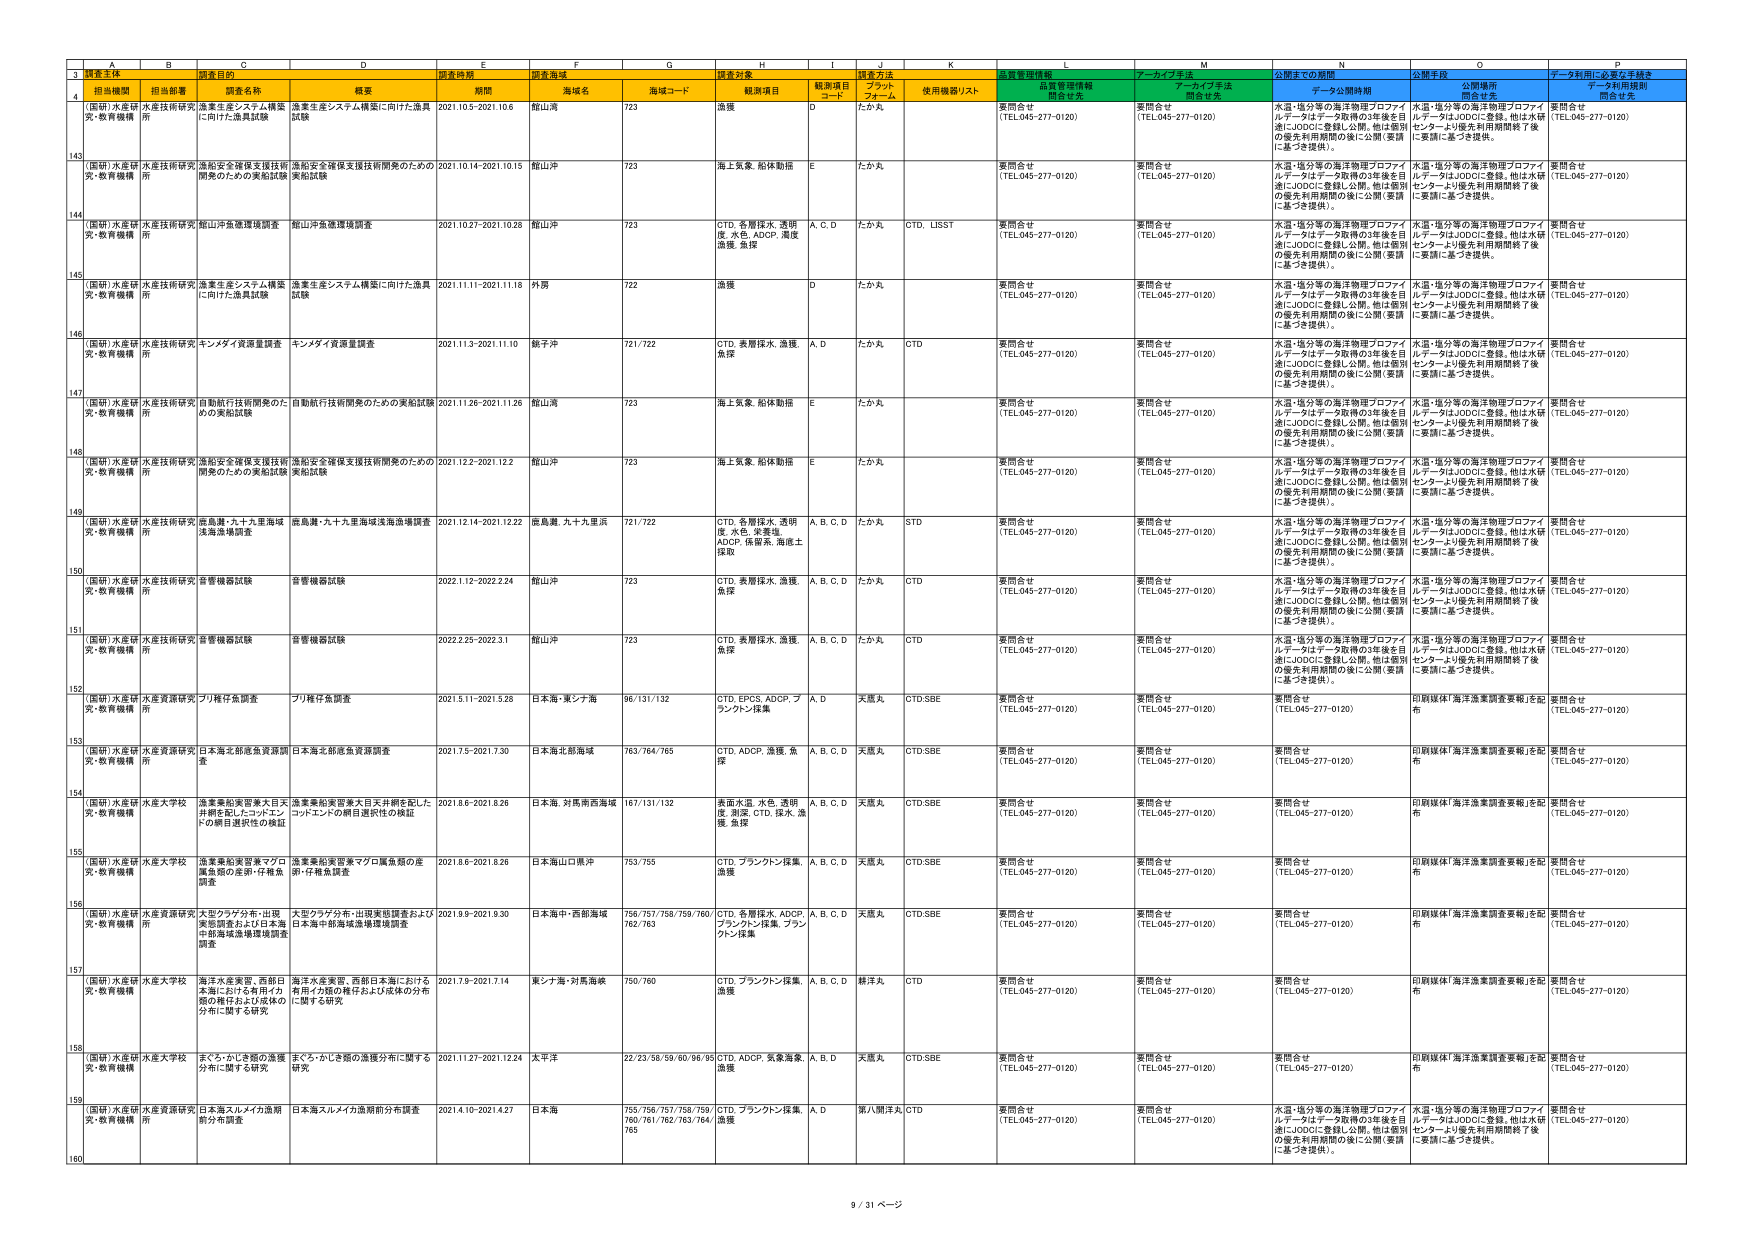
3 調査主体 調査目的 調査時期 調査海域 調査対象 調査方法 データ利用規制
4 担当機関 担当部署 調査名称 概要 期間 海域名 海域コード 観測項目 観測項目 コード プラット フォーム 使用機器リスト 品質管理情報 開告日元 アーカイブ手法 開告日元 公開までの期間 データ公開時期 公開手段 開告日元 データ利用に必要な手続き 開告日元
(国研)水産研 究・教育機構 水産技術研究 所 漁業生産システム構築 に向けた漁具試験 漁業生産システム構築に向けた漁具 試験 2021.10.5-2021.10.6 館山湾 723 漁獲 D たか丸 要問合せ (TEL.045-277-0120) 要問合せ (TEL.045-277-0120) 水温・塩分等の海洋物理プロファイ ルデータはデータ取得の3年後を目 満にJODCに登録し公開。他は個別 の優先利用期間の後に公開（要請 に基づき提供）。 水温・塩分等の海洋物理プロファイ ルデータはJODCに登録。他は水研 センターより優先利用期間終了後 に要請に基づき提供。 要問合せ (TEL.045-277-0120)
143 (国研)水産研 究・教育機構 水産技術研究 所 漁船安全確保支援技術 開発のための実船試験 漁船安全確保支援技術開発のための 実船試験 2021.10.14-2021.10.15 館山沖 723 海上気象、船体動揺 E たか丸 要問合せ (TEL.045-277-0120) 要問合せ (TEL.045-277-0120) 水温・塩分等の海洋物理プロファイ ルデータはデータ取得の3年後を目 満にJODCに登録し公開。他は個別 の優先利用期間の後に公開（要請 に基づき提供）。 水温・塩分等の海洋物理プロファイ ルデータはJODCに登録。他は水研 センターより優先利用期間終了後 に要請に基づき提供。 要問合せ (TEL.045-277-0120)
144 (国研)水産研 究・教育機構 水産技術研究 所 館山沖魚礁環境調査 館山沖魚礁環境調査 2021.10.27-2021.10.28 館山沖 723 CTD、名層採水、透明 度、水色、ADCP、環境 漁獲、魚採 A、C、D たか丸 CTD、LISST 要問合せ (TEL.045-277-0120) 要問合せ (TEL.045-277-0120) 水温・塩分等の海洋物理プロファイ ルデータはデータ取得の3年後を目 満にJODCに登録し公開。他は個別 の優先利用期間の後に公開（要請 に基づき提供）。 水温・塩分等の海洋物理プロファイ ルデータはJODCに登録。他は水研 センターより優先利用期間終了後 に要請に基づき提供。 要問合せ (TEL.045-277-0120)
145 (国研)水産研 究・教育機構 水産技術研究 所 漁業生産システム構築 に向けた漁具試験 漁業生産システム構築に向けた漁具 試験 2021.11.11-2021.11.18 外房 722 漁獲 D たか丸 要問合せ (TEL.045-277-0120) 要問合せ (TEL.045-277-0120) 水温・塩分等の海洋物理プロファイ ルデータはデータ取得の3年後を目 満にJODCに登録し公開。他は個別 の優先利用期間の後に公開（要請 に基づき提供）。 水温・塩分等の海洋物理プロファイ ルデータはJODCに登録。他は水研 センターより優先利用期間終了後 に要請に基づき提供。 要問合せ (TEL.045-277-0120)
146 (国研)水産研 究・教育機構 水産技術研究 所 キンメダイ資源量調査 キンメダイ資源量調査 2021.11.3-2021.11.10 銚子沖 721/722 CTD、表層採水、漁獲、 魚採 A、D たか丸 CTD 要問合せ (TEL.045-277-0120) 要問合せ (TEL.045-277-0120) 水温・塩分等の海洋物理プロファイ ルデータはデータ取得の3年後を目 満にJODCに登録し公開。他は個別 の優先利用期間の後に公開（要請 に基づき提供）。 水温・塩分等の海洋物理プロファイ ルデータはJODCに登録。他は水研 センターより優先利用期間終了後 に要請に基づき提供。 要問合せ (TEL.045-277-0120)
147 (国研)水産研 究・教育機構 水産技術研究 所 自動航行技術開発のた めの実船試験 自動航行技術開発のための実船試験 2021.11.26-2021.11.26 館山湾 723 海上気象、船体動揺 E たか丸 要問合せ (TEL.045-277-0120) 要問合せ (TEL.045-277-0120) 水温・塩分等の海洋物理プロファイ ルデータはデータ取得の3年後を目 満にJODCに登録し公開。他は個別 の優先利用期間の後に公開（要請 に基づき提供）。 水温・塩分等の海洋物理プロファイ ルデータはJODCに登録。他は水研 センターより優先利用期間終了後 に要請に基づき提供。 要問合せ (TEL.045-277-0120)
148 (国研)水産研 究・教育機構 水産技術研究 所 漁船安全確保支援技術 開発のための実船試験 漁船安全確保支援技術開発のための 実船試験 2021.12.2-2021.12.2 館山沖 723 海上気象、船体動揺 E たか丸 要問合せ (TEL.045-277-0120) 要問合せ (TEL.045-277-0120) 水温・塩分等の海洋物理プロファイ ルデータはデータ取得の3年後を目 満にJODCに登録し公開。他は個別 の優先利用期間の後に公開（要請 に基づき提供）。 水温・塩分等の海洋物理プロファイ ルデータはJODCに登録。他は水研 センターより優先利用期間終了後 に要請に基づき提供。 要問合せ (TEL.045-277-0120)
149 (国研)水産研 究・教育機構 水産技術研究 所 鹿島灘・九十九里海域 漁海漁網調査 鹿島灘・九十九里海域漁海漁網調査 2021.12.14-2021.12.22 鹿島灘、九十九里浜 721/722 CTD、名層採水、透明 度、水色、栄養塩、 ADCP、保留系、海底土 採取 A、B、C、D たか丸 STD 要問合せ (TEL.045-277-0120) 要問合せ (TEL.045-277-0120) 水温・塩分等の海洋物理プロファイ ルデータはデータ取得の3年後を目 満にJODCに登録し公開。他は個別 の優先利用期間の後に公開（要請 に基づき提供）。 水温・塩分等の海洋物理プロファイ ルデータはJODCに登録。他は水研 センターより優先利用期間終了後 に要請に基づき提供。 要問合せ (TEL.045-277-0120)
150 (国研)水産研 究・教育機構 水産技術研究 所 音響機器試験 音響機器試験 2022.1.12-2022.2.24 館山沖 723 CTD、表層採水、漁獲、 魚採 A、B、C、D たか丸 CTD 要問合せ (TEL.045-277-0120) 要問合せ (TEL.045-277-0120) 水温・塩分等の海洋物理プロファイ ルデータはデータ取得の3年後を目 満にJODCに登録し公開。他は個別 の優先利用期間の後に公開（要請 に基づき提供）。 水温・塩分等の海洋物理プロファイ ルデータはJODCに登録。他は水研 センターより優先利用期間終了後 に要請に基づき提供。 要問合せ (TEL.045-277-0120)
151 (国研)水産研 究・教育機構 水産技術研究 所 音響機器試験 音響機器試験 2022.2.25-2022.3.1 館山沖 723 CTD、表層採水、漁獲、 魚採 A、B、C、D たか丸 CTD 要問合せ (TEL.045-277-0120) 要問合せ (TEL.045-277-0120) 水温・塩分等の海洋物理プロファイ ルデータはデータ取得の3年後を目 満にJODCに登録し公開。他は個別 の優先利用期間の後に公開（要請 に基づき提供）。 水温・塩分等の海洋物理プロファイ ルデータはJODCに登録。他は水研 センターより優先利用期間終了後 に要請に基づき提供。 要問合せ (TEL.045-277-0120)
152 (国研)水産研 究・教育機構 水産資源研究 所 プリ稚仔魚調査 プリ稚仔魚調査 2021.5.11-2021.5.26 日本海・東シナ海 96/131/132 CTD、EPCS、ADCP、プ ランクトン採集 A、D 天鳳丸 CTD,SBE 要問合せ (TEL.045-277-0120) 要問合せ (TEL.045-277-0120) 要問合せ (TEL.045-277-0120) 印刷媒体「海洋漁業調査要報」を配 布 要問合せ (TEL.045-277-0120)
153 (国研)水産研 究・教育機構 水産資源研究 所 日本海北部底魚資源調 査 日本海北部底魚資源調査 2021.7.5-2021.7.30 日本海北部海域 763/764/765 CTD、ADCP、漁獲、魚 採 A、B、C、D 天鳳丸 CTD,SBE 要問合せ (TEL.045-277-0120) 要問合せ (TEL.045-277-0120) 要問合せ (TEL.045-277-0120) 印刷媒体「海洋漁業調査要報」を配 布 要問合せ (TEL.045-277-0120)
154 (国研)水産研 究・教育機構 水産大学校 漁業業船実習兼大目天 井網を配したコドメシ ンの網目選択性の検証 漁業業船実習兼大目天井網を配した コドメシンの網目選択性の検証 2021.8.6-2021.8.26 日本海、対馬南西海域 167/131/132 表面水温、水色、透明 度、測深、CTD、採水、漁 獲、魚採 A、B、C、D 天鳳丸 CTD,SBE 要問合せ (TEL.045-277-0120) 要問合せ (TEL.045-277-0120) 要問合せ (TEL.045-277-0120) 印刷媒体「海洋漁業調査要報」を配 布 要問合せ (TEL.045-277-0120)
155 (国研)水産研 究・教育機構 水産大学校 漁業業船実習兼マグロ 属魚類の産卵・仔稚魚 調査 漁業業船実習兼マグロ属魚類の産 卵・仔稚魚調査 2021.8.6-2021.8.26 日本海山口県沖 753/755 CTD、プランクトン採集、 漁獲 A、B、C、D 天鳳丸 CTD,SBE 要問合せ (TEL.045-277-0120) 要問合せ (TEL.045-277-0120) 要問合せ (TEL.045-277-0120) 印刷媒体「海洋漁業調査要報」を配 布 要問合せ (TEL.045-277-0120)
156 (国研)水産研 究・教育機構 水産資源研究 所 大型クラゲ分布・出現 実態調査および日本海 中部海域漁場環境調査 大型クラゲ分布・出現実態調査および 日本海中部海域漁場環境調査 2021.9.9-2021.9.30 日本海中・西部海域 756/757/758/759/760/ 762/763 CTD、名層採水、ADCP、 プランクトン採集、プラン クトン採集 A、B、C、D 天鳳丸 CTD,SBE 要問合せ (TEL.045-277-0120) 要問合せ (TEL.045-277-0120) 要問合せ (TEL.045-277-0120) 印刷媒体「海洋漁業調査要報」を配 布 要問合せ (TEL.045-277-0120)
157 (国研)水産研 究・教育機構 水産大学校 海洋水産実習、西部日 本海における有用イカ 類の稚仔および成体の 分布に関する研究 海洋水産実習、西部日本海における 有用イカ類の稚仔および成体の分布 に関する研究 2021.7.9-2021.7.14 東シナ海・対馬海峡 750/760 CTD、プランクトン採集、 漁獲 A、B、C、D 輝洋丸 CTD 要問合せ (TEL.045-277-0120) 要問合せ (TEL.045-277-0120) 要問合せ (TEL.045-277-0120) 印刷媒体「海洋漁業調査要報」を配 布 要問合せ (TEL.045-277-0120)
158 (国研)水産研 究・教育機構 水産大学校 まぐろ・かじき類の漁獲 分布に関する研究 まぐろ・かじき類の漁獲分布に関する 研究 2021.11.27-2021.12.24 太平洋 22/23/58/59/60/98/95 CTD、ADCP、気象海象、 漁獲 A、B、D 天鳳丸 CTD,SBE 要問合せ (TEL.045-277-0120) 要問合せ (TEL.045-277-0120) 要問合せ (TEL.045-277-0120) 印刷媒体「海洋漁業調査要報」を配 布 要問合せ (TEL.045-277-0120)
159 (国研)水産研 究・教育機構 水産資源研究 所 日本海スルメイカ漁期 前分布調査 日本海スルメイカ漁期前分布調査 2021.4.10-2021.4.27 日本海 755/756/757/758/759/ 760/761/762/763/764/ 765 CTD、プランクトン採集、 漁獲 A、D 猿人間洋丸 CTD 要問合せ (TEL.045-277-0120) 要問合せ (TEL.045-277-0120) 水温・塩分等の海洋物理プロファイ ルデータはデータ取得の3年後を目 満にJODCに登録し公開。他は個別 の優先利用期間の後に公開（要請 に基づき提供）。 水温・塩分等の海洋物理プロファイ ルデータはJODCに登録。他は水研 センターより優先利用期間終了後 に要請に基づき提供。 要問合せ (TEL.045-277-0120)
160 9 / 31 ページ